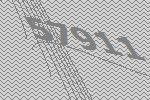
57911